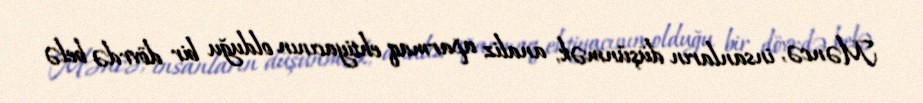
Məncə, insanların düşünmək, analiz aparmaq ehtiyacının olduğu bir dövrdə belə